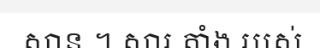
សាន ។ សារ តាំង របស់